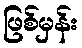
ဖြစ်မှန်း